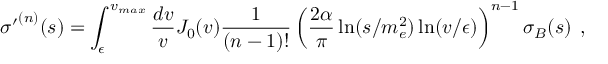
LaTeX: { \sigma ^ { \prime } } ^ { ( n ) } ( s ) = \int _ { \epsilon } ^ { v _ { m a x } } { \frac { d v } { v } } J _ { 0 } ( v ) { \frac { 1 } { ( n - 1 ) ! } } \left( { \frac { 2 \alpha } { \pi } } \ln ( s / m _ { e } ^ { 2 } ) \ln ( v / \epsilon ) \right) ^ { n - 1 } \sigma _ { B } ( s ) \; \, ,